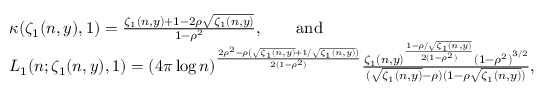
\begin{array} { r l } & { \kappa ( \zeta _ { 1 } ( n , y ) , 1 ) = \frac { \zeta _ { 1 } ( n , y ) + 1 - 2 \rho \sqrt { \zeta _ { 1 } ( n , y ) } } { 1 - \rho ^ { 2 } } , \qquad \mathrm { a n d } } \\ & { L _ { 1 } ( n ; \zeta _ { 1 } ( n , y ) , 1 ) = { ( 4 \pi \log n ) } ^ { \frac { 2 \rho ^ { 2 } - \rho \left( \sqrt { \zeta _ { 1 } ( n , y ) } + 1 / \sqrt { \zeta _ { 1 } ( n , y ) } \right) } { 2 ( 1 - \rho ^ { 2 } ) } } \frac { { \zeta _ { 1 } ( n , y ) } ^ { \frac { 1 - \rho / \sqrt { \zeta _ { 1 } ( n , y ) } } { 2 ( 1 - \rho ^ { 2 } ) } } { ( 1 - \rho ^ { 2 } ) } ^ { 3 / 2 } } { ( \sqrt { \zeta _ { 1 } ( n , y ) } - \rho ) ( 1 - \rho \sqrt { \zeta _ { 1 } ( n , y ) } ) } , } \end{array}